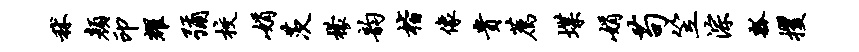
秫颜印耀弥校娟茨檬韵楷像贵荐堞娟苟笠淙瓢攫